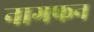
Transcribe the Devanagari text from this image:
नागफन